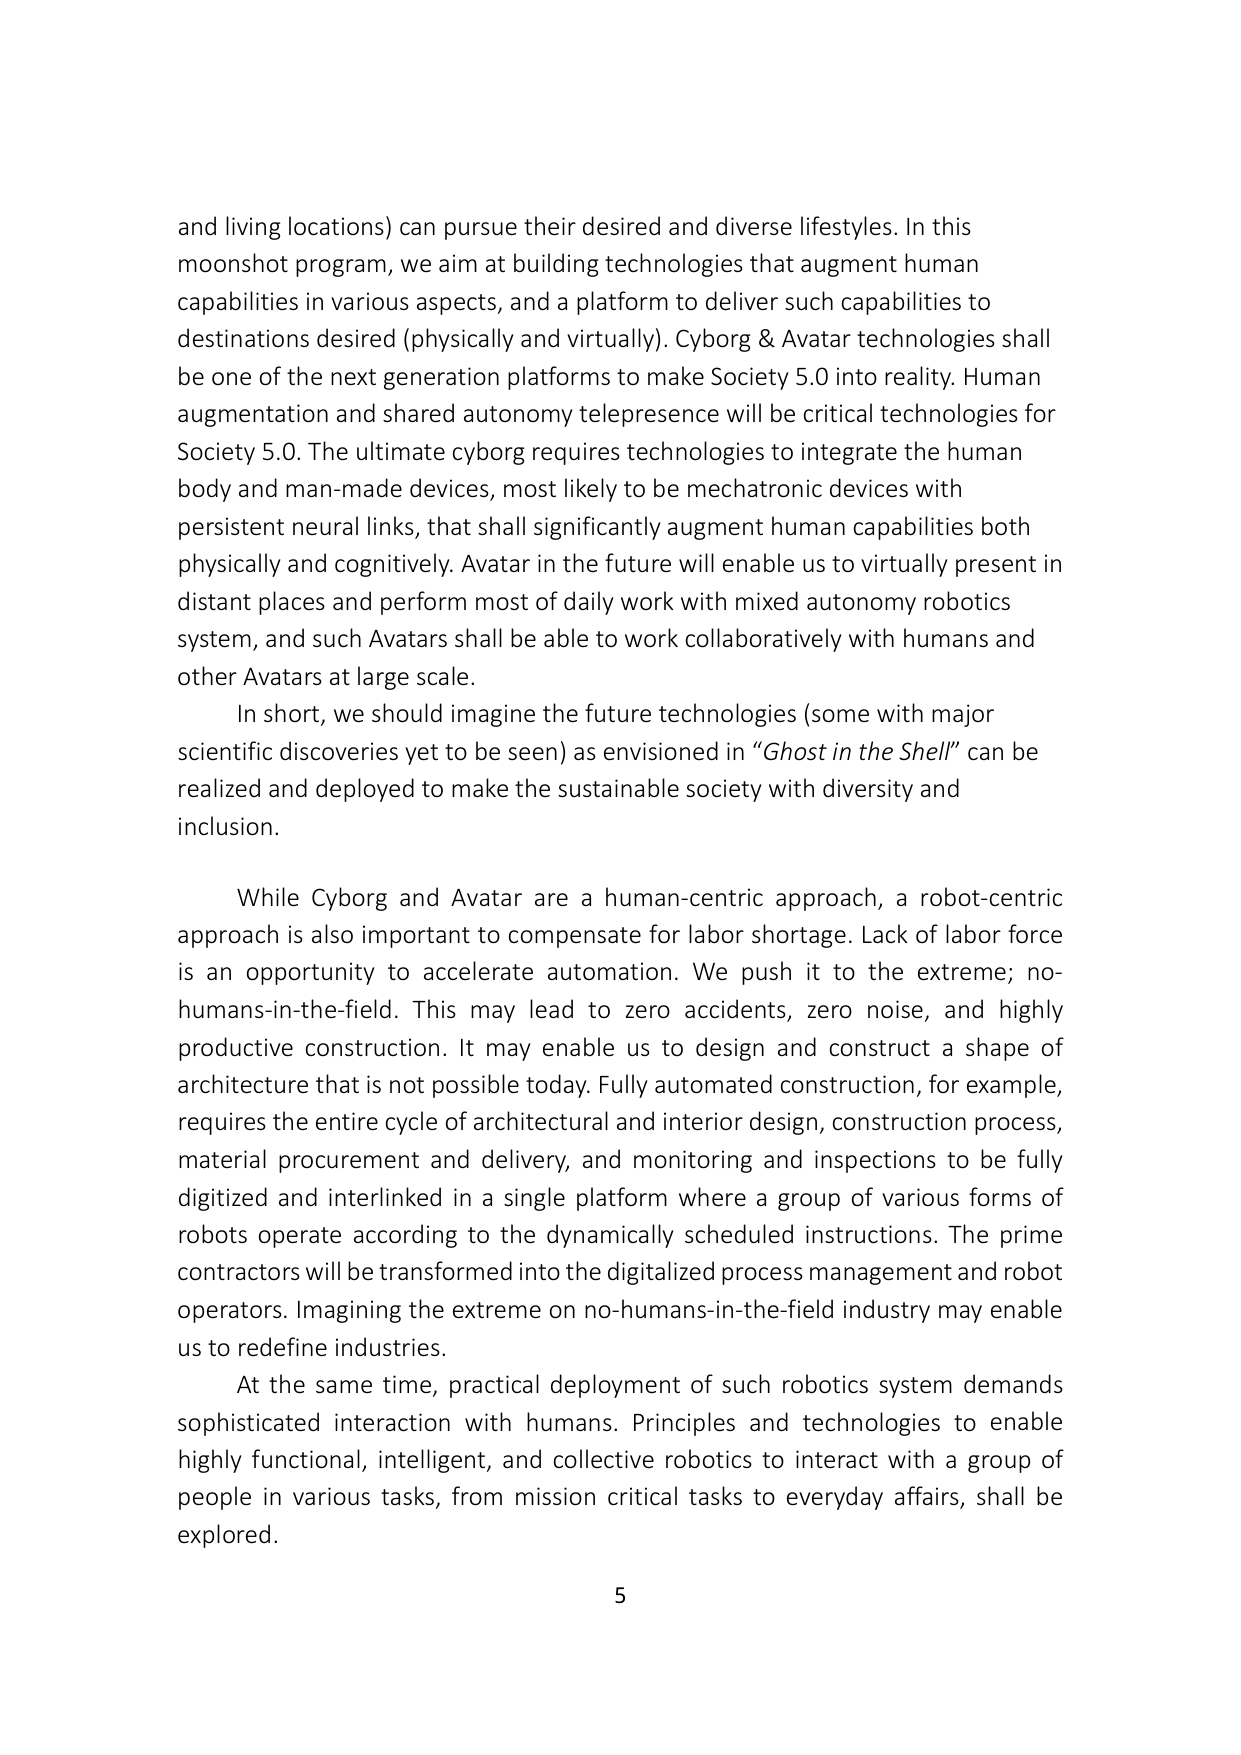
and living locations) can pursue their desired and diverse lifestyles. In this moonshot program, we aim at building technologies that augment human capabilities in various aspects, and a platform to deliver such capabilities to destinations desired (physically and virtually). Cyborg & Avatar technologies shall be one of the next generation platforms to make Society 5.0 into reality. Human augmentation and shared autonomy telepresence will be critical technologies for Society 5.0. The ultimate cyborg requires technologies to integrate the human body and man-made devices, most likely to be mechatronic devices with persistent neural links, that shall significantly augment human capabilities both physically and cognitively. Avatar in the future will enable us to virtually present in distant places and perform most of daily work with mixed autonomy robotics system, and such Avatars shall be able to work collaboratively with humans and other Avatars at large scale.

In short, we should imagine the future technologies (some with major scientific discoveries yet to be seen) as envisioned in “Ghost in the Shell” can be realized and deployed to make the sustainable society with diversity and inclusion.

While Cyborg and Avatar are a human-centric approach, a robot-centric approach is also important to compensate for labor shortage. Lack of labor force is an opportunity to accelerate automation. We push it to the extreme; no-humans-in-the-field. This may lead to zero accidents, zero noise, and highly productive construction. It may enable us to design and construct a shape of architecture that is not possible today. Fully automated construction, for example, requires the entire cycle of architectural and interior design, construction process, material procurement and delivery, and monitoring and inspections to be fully digitized and interlinked in a single platform where a group of various forms of robots operate according to the dynamically scheduled instructions. The prime contractors will be transformed into the digitalized process management and robot operators. Imagining the extreme on no-humans-in-the-field industry may enable us to redefine industries.

At the same time, practical deployment of such robotics system demands sophisticated interaction with humans. Principles and technologies to enable highly functional, intelligent, and collective robotics to interact with a group of people in various tasks, from mission critical tasks to everyday affairs, shall be explored.

5